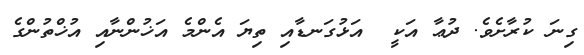
ގިނަ ކުރާށެވެ. ދުޢާ އަކީ  އަޅުގަނޑާއި ތިޔަ އެންމެ އަޚުންނާއި އުޚްތުންގެ